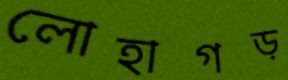
লোহাগড়